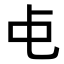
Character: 𬺾